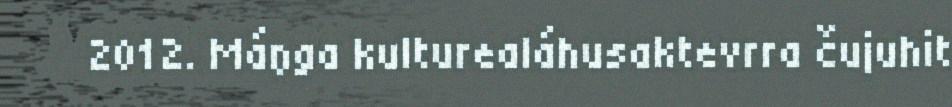
2012. Máŋga kulturealáhusaktevrra čujuhit